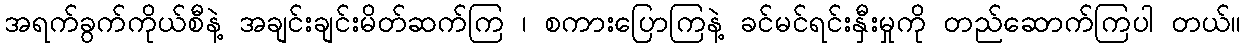
အရက်ခွက်ကိုယ်စီနဲ့ အချင်းချင်းမိတ်ဆက်ကြ ၊ စကားပြောကြနဲ့ ခင်မင်ရင်းနှီးမှုကို တည်ဆောက်ကြပါ တယ်။